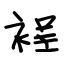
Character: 裎